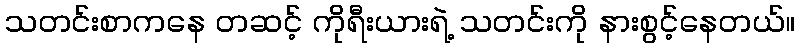
သတင်းစာကနေ တဆင့် ကိုရီးယားရဲ့ သတင်းကို နားစွင့်နေတယ်။